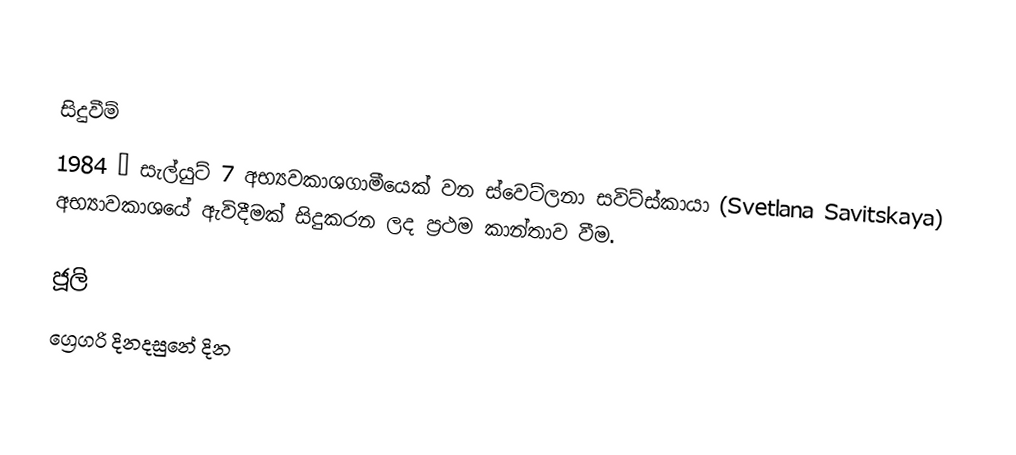

සිදුවීම්
1984 –  සැල්යුට් 7 අභ්‍යවකාශගාමීයෙක් වන ස්වෙට්ලනා සවිට්ස්කායා (Svetlana Savitskaya) අභ්‍යාවකාශයේ ඇවිදීමක් සිදුකරන ලද ප්‍රථම කාන්තාව වීම.

ජූලි
ග්‍රෙගරි දිනදසුනේ දින